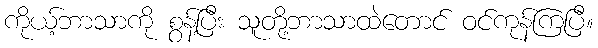
ကိုယ့်ဘာသာကို စွန့်ပြီး သူတို့ဘာသာထဲတောင် ဝင်ကုန်ကြပြီ။